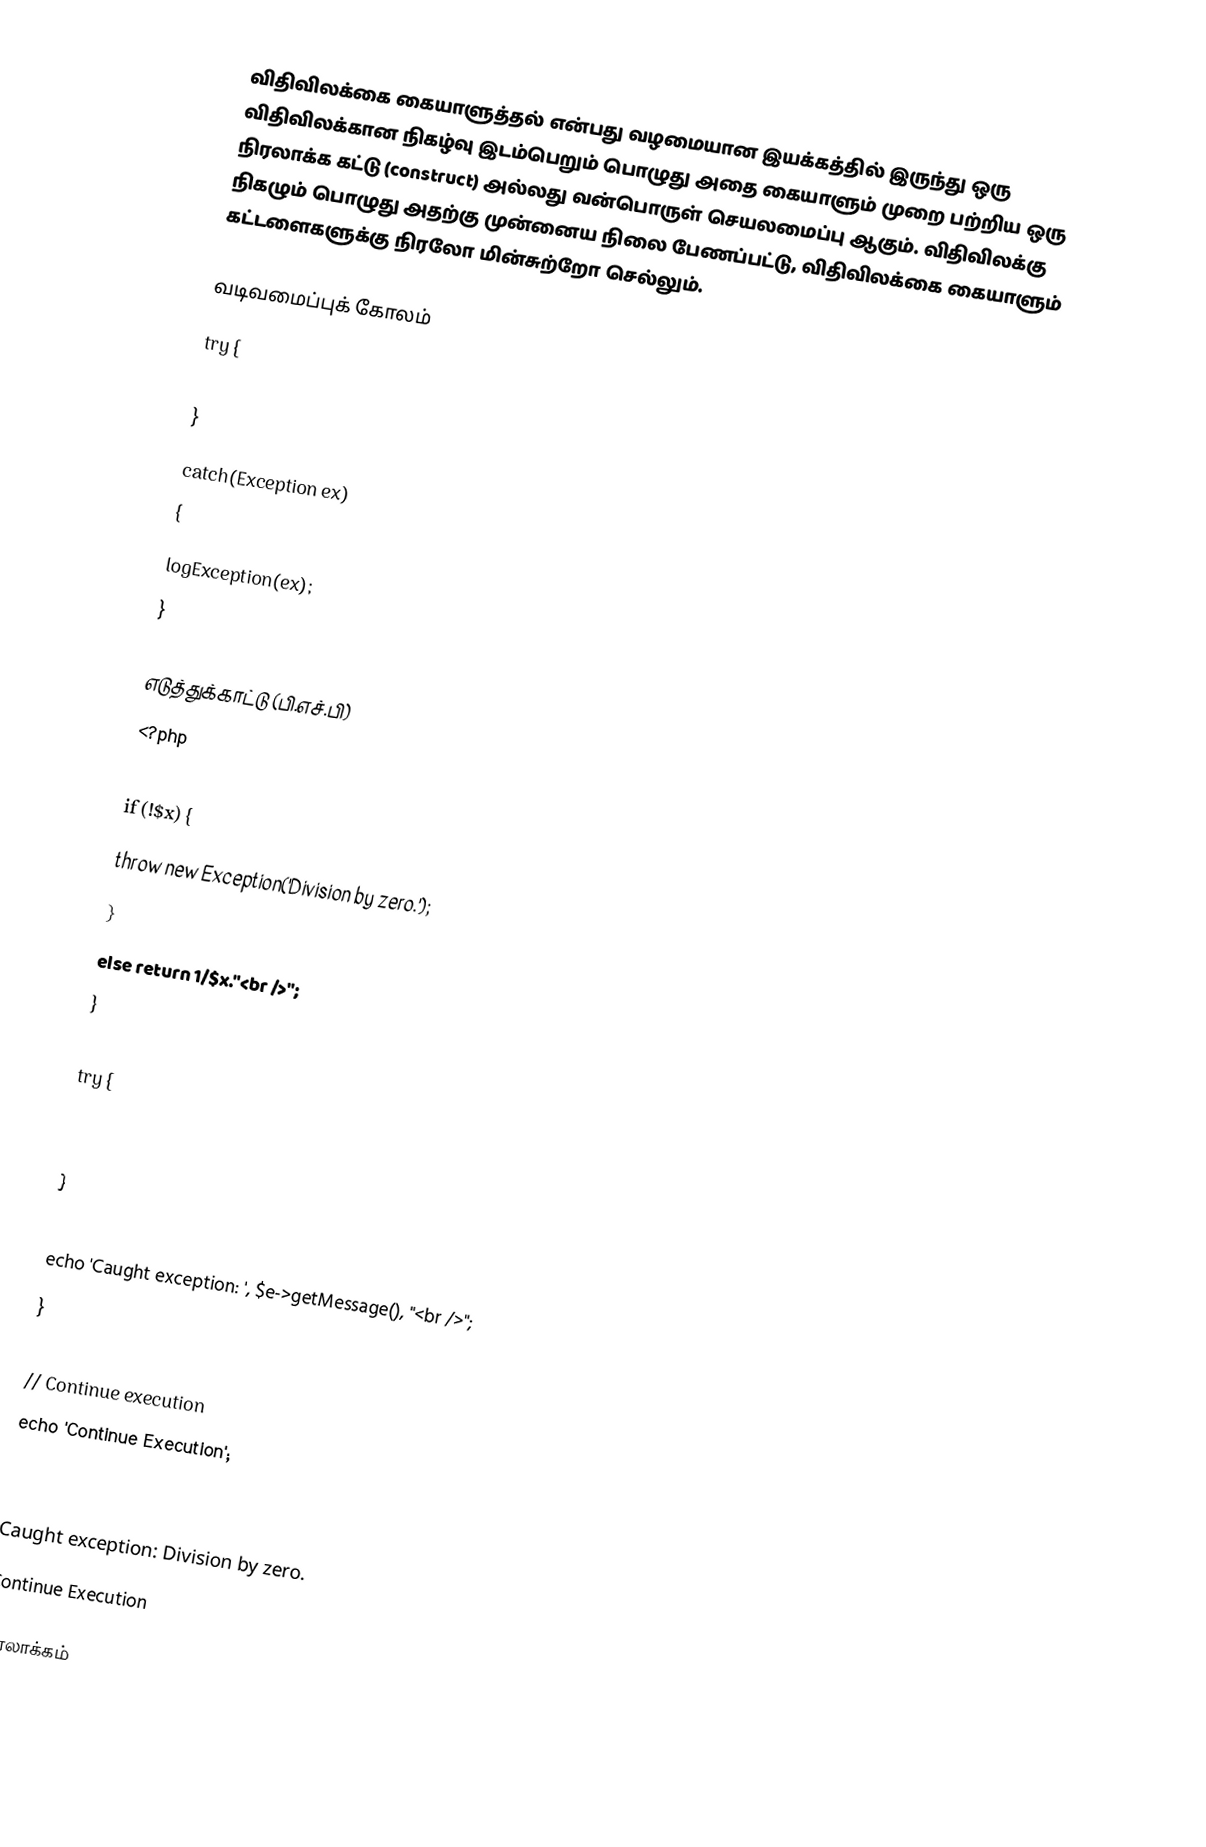
விதிவிலக்கை கையாளுத்தல் என்பது வழமையான இயக்கத்தில் இருந்து ஒரு விதிவிலக்கான நிகழ்வு இடம்பெறும் பொழுது அதை கையாளும் முறை பற்றிய ஒரு நிரலாக்க கட்டு (construct) அல்லது வன்பொருள் செயலமைப்பு ஆகும்.  விதிவிலக்கு நிகழும் பொழுது அதற்கு முன்னைய நிலை பேணப்பட்டு, விதிவிலக்கை கையாளும் கட்டளைகளுக்கு நிரலோ மின்சுற்றோ செல்லும்.

வடிவமைப்புக் கோலம்
try {
   doThisTask();
   }
   catch(Exception ex)
   {
   logException(ex);
   }

எடுத்துக்காட்டு (பி.எச்.பி)
<?php
function divide_by($x) {
    if (!$x) {
        throw new Exception('Division by zero.');
    }
    else return 1/$x."<br />";
    }

try {
    echo divide_by(5) . "\n";
    echo divide_by(0) . "\n";
    }
catch (Exception $e) {
    echo 'Caught exception: ',  $e->getMessage(), "<br />";
   }

// Continue execution
echo 'Continue Execution';
?>
0.2
Caught exception: Division by zero.
Continue Execution

நிரலாக்கம்